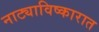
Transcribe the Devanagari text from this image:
नाट्याविष्कारात